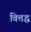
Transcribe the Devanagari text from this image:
वित्तद्ध